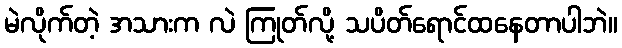
မဲလိုက်တဲ့ အသားက လဲ ကြုတ်လို့ သပိတ်ရောင်ထနေတာပါဘဲ။